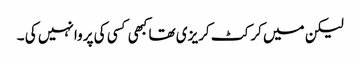
لیکن میں کرکٹ کریزی تھا کبھی کسی کی پروا نہیں کی ۔